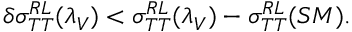
\delta \sigma _ { T T } ^ { R L } ( \lambda _ { V } ) < \sigma _ { T T } ^ { R L } ( \lambda _ { V } ) - \sigma _ { T T } ^ { R L } ( S M ) .